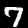
Digit: 7